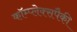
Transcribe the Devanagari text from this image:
कॉम्प्लेक्सपैकी